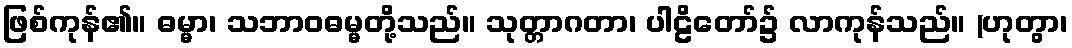
ဖြစ်ကုန်၏။ ဓမ္မာ၊ သဘာဝဓမ္မတို့သည်။ သုတ္တာဂတာ၊ ပါဠိတော်၌ လာကုန်သည်။ (ဟုတွာ၊